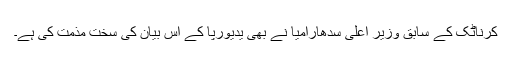
کرناٹک کے سابق وزیر اعلیٰ سدھارامیا نے بھی یدیورپا کے اس بیان کی سخت مذمت کی ہے۔